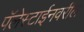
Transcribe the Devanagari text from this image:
पॅलेस्टाईनवरील